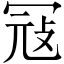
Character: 冦